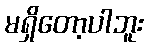
မရှိတော့ပါဘူး